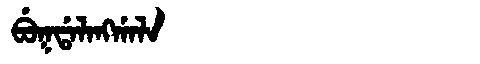
Manchu: ᠪᡠᡴᡩᠠᠯᠠᠩᡤᠠᠯᠠ
Romanization: BUKDALANGGALA